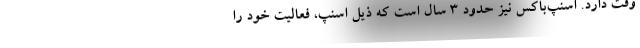
وقت دارد. اسنپ‌باکس نیز حدود ۳ سال است که ذیل اسنپ، فعالیت خود را